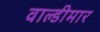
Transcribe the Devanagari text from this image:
वाल्डीमार